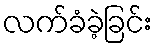
လက်ခံခဲ့ခြင်း